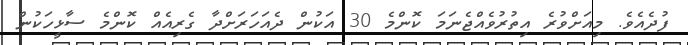
ފުދެއެވެ. މިއަށްވުރެ އިތުރުވެއްޖެނަމަ ކޮންމެ 30 އަކުން ދެއަހަރަށްދާ ގެރިއެއް ކޮންމެ ސާޅީހަކުން